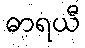
ဓာရယီ